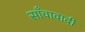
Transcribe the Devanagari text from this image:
साँचावादी